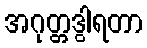
အဂုတ္တဒွါရတာ